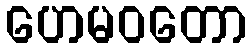
ဟေမဝတော